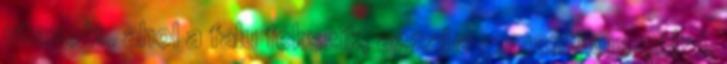
utazott, ahol a falu fekszik, azzal a romantikus céllal,